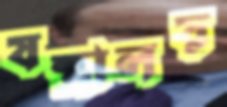
যন্ত্রালয়